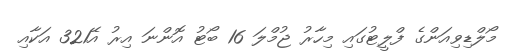
މޯލްޑިވިއަންގެ ފްލީޓުގައި މިހާރު ޖުމްލަ 16 ބޯޓު އޮންނަ އިރު އޭ321 އަކާއި